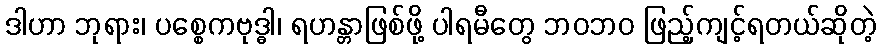
ဒါဟာ ဘုရား၊ ပစ္စေကဗုဒ္ဓါ၊ ရဟန္တာဖြစ်ဖို့ ပါရမီတွေ ဘဝဘဝ ဖြည့်ကျင့်ရတယ်ဆိုတဲ့